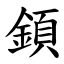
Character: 顉